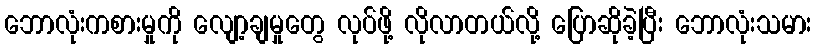
ဘောလုံးကစားမှုကို လျော့ချမှုတွေ လုပ်ဖို့ လိုလာတယ်လို့ ပြောဆိုခဲ့ပြီး ဘောလုံးသမား